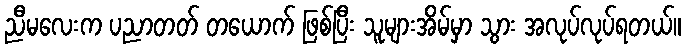
ညီမလေးက ပညာတတ် တယောက် ဖြစ်ပြီး သူများအိမ်မှာ သွား အလုပ်လုပ်ရတယ်။